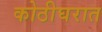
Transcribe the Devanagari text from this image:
कोठीघरात